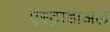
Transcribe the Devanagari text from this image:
एस्ट्राडाअल